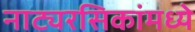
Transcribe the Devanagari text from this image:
नाट्यरसिकांमध्ये